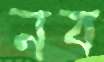
নব